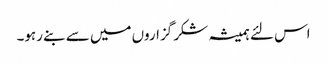
اس لئے ہمیشہ شکر گزاروں میں سے بنے رہو۔